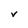
Character: V